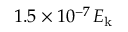
1 . 5 \times 1 0 ^ { - 7 } \, E _ { \mathrm { k } }